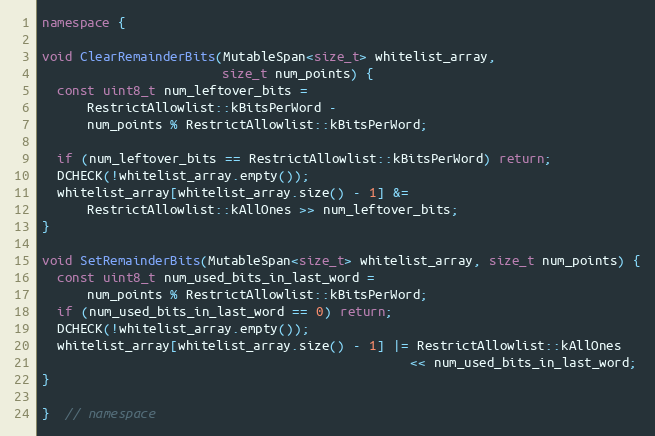
Language: C++
namespace {

void ClearRemainderBits(MutableSpan<size_t> whitelist_array,
                        size_t num_points) {
  const uint8_t num_leftover_bits =
      RestrictAllowlist::kBitsPerWord -
      num_points % RestrictAllowlist::kBitsPerWord;

  if (num_leftover_bits == RestrictAllowlist::kBitsPerWord) return;
  DCHECK(!whitelist_array.empty());
  whitelist_array[whitelist_array.size() - 1] &=
      RestrictAllowlist::kAllOnes >> num_leftover_bits;
}

void SetRemainderBits(MutableSpan<size_t> whitelist_array, size_t num_points) {
  const uint8_t num_used_bits_in_last_word =
      num_points % RestrictAllowlist::kBitsPerWord;
  if (num_used_bits_in_last_word == 0) return;
  DCHECK(!whitelist_array.empty());
  whitelist_array[whitelist_array.size() - 1] |= RestrictAllowlist::kAllOnes
                                                 << num_used_bits_in_last_word;
}

}  // namespace